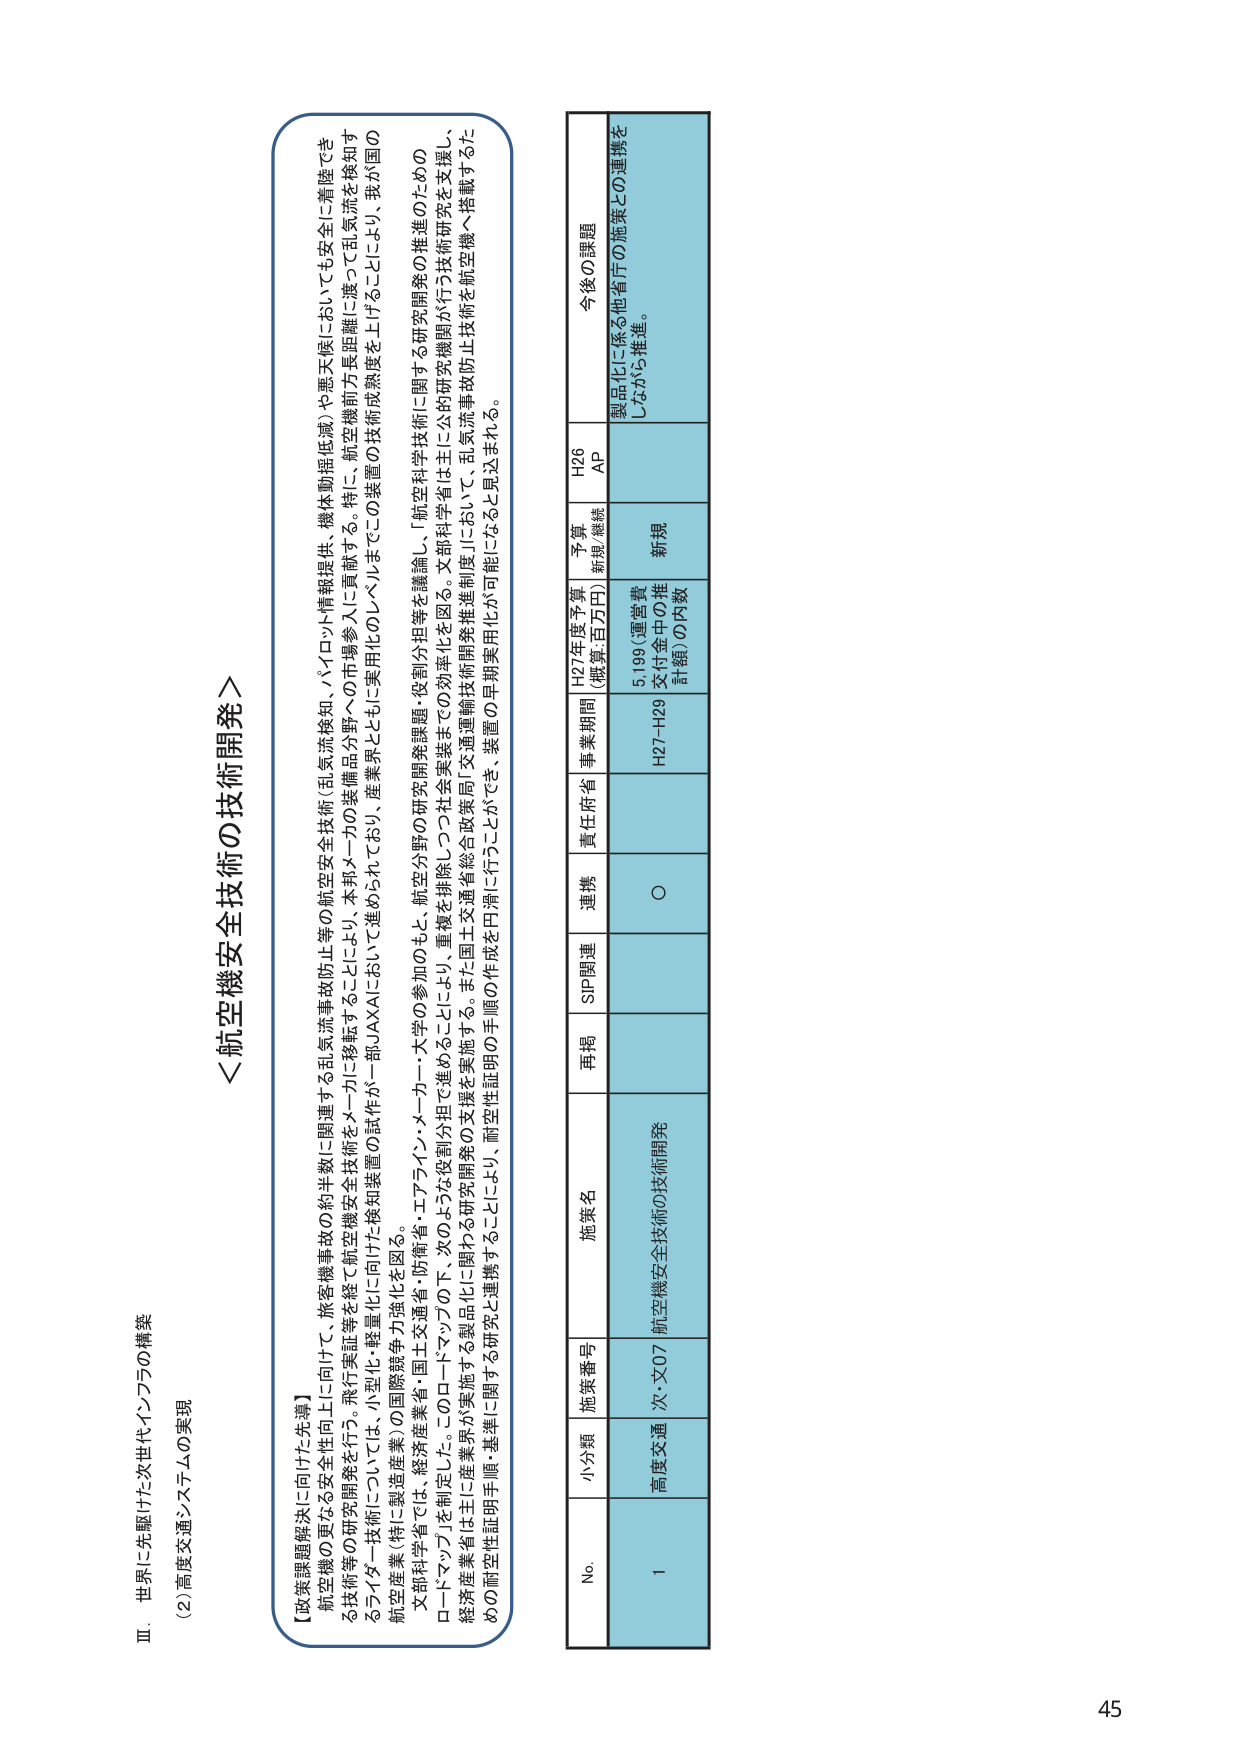
Ⅲ．世界に先駆けた次世代インフラの構築
(2)高度交通システムの実現

＜航空機安全技術の技術開発＞

【政策課題解決に向けた先導】
航空機の更なる安全性向上に向け、旅客機事故の約半数に関連する乱気流事故防止等の航空安全技術（乱気流検知、パイロット情報提供、機体制振低減）や悪天候においても安全に着陸できる技術等の研究開発を行う。飛行実証等を経て航空機安全技術をマーケットに移転することにより、本邦メーカーの装備品分野への市場参入に貢献する。特に、航空機前方長距離に渡って乱気流を検知するライダー技術については、小型化・軽量化に向けた検知装置の試作が一部JAXAにおいて進められており、産業界とともに実用化のレベルまでこの装置の技術成熟度を上げることにより、我が国の航空産業（特に製造産業）の国際競争力強化を図る。
文部科学省では、製造産業省・国土交通省・防衛省・エアライン・メーカー・大学の参加のもと、航空分野の研究開発課題・役割分担等を議論し、「航空科学技術に関する研究開発の進め方のロードマップ」を制定した。このロードマップの下、次のような役割分担で進めることにより、重複を排除しつつ社会実装までの効率化を図る。文部科学省は主に公的研究機関が行う技術研究を支援し、経済産業省は主に産業界が実施する製品化に関わる研究開発の支援を実施する。また国土交通省総合政策局「交通運輸技術開発推進制度」において、乱気流事故防止技術を航空機へ搭載するための耐空性証明手順・基準に関する研究と連携することにより、耐空性証明の手順の作成を円滑に行うことができ、装置の早期実用化が可能になると見込まれる。

No. 小分類 施策番号 施策名 再掲 SIP関連 連携 責任府省 事業期間 H27年度予算 （概算：百万円） 予算 新規/継続 H26 AP 今後の課題
1 高度交通 次・文07 航空機安全技術の技術開発 ○ H27-H29 5,199（運営費交付金中の推計額）の内数 新規 製品化に係る他省庁の施策との連携をしながら推進。

45